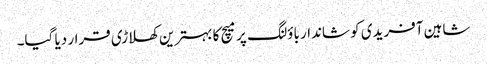
شاہین آفریدی کو شاندار باؤلنگ پر میچ کا بہترین کھلاڑی قرار دیا گیا۔